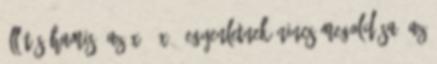
állítás hamis? Az X-3=X 3 egyenletnek nincs megoldása. Az